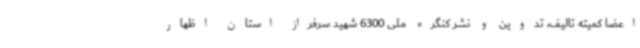
اعضا کمیته تالیف، تدوین و نشر کنگره ملی 6300 شهید سرفراز استان اظهار